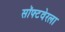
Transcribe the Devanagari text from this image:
सॉफ्टवेरला